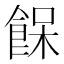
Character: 𩛴